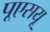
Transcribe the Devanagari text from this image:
पूएसयू